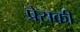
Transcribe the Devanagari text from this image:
प्रेसकी